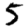
Digit: 5